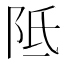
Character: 阺